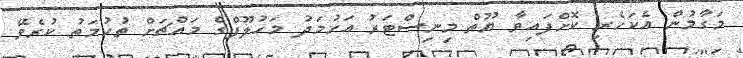
މަގާމުން އެކަހެރި ކޮށްފައިވާ ޔޫތް މިނިސްޓަރު އަހުމަދު މަހުލޫފްގެ މައްޗަށް ތުހުމަތު ކުރެވޭ